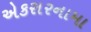
એકરારનામા